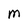
Character: M